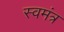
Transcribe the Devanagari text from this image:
स्वमंत्र